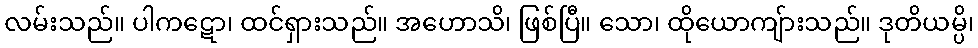
လမ်းသည်။ ပါကဋော၊ ထင်ရှားသည်။ အဟောသိ၊ ဖြစ်ပြီ။ သော၊ ထိုယောကျ်ားသည်။ ဒုတိယမ္ပိ၊